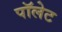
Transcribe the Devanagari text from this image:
पॉलेट